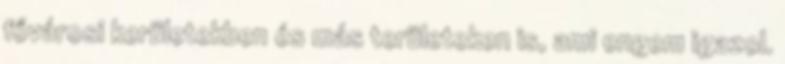
fővárosi kerületekben és más területeken is, ami engem igazol.